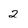
Character: 2